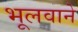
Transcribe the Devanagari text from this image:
भूलवाने